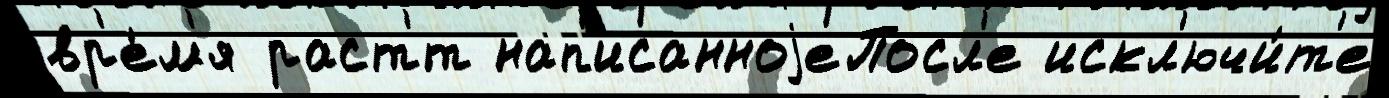
вр'е́м'я раст'́т нап'исанноjеПосл'е искл'ючи́т'е